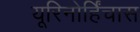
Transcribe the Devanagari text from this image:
यूरिनोर्हिंचास